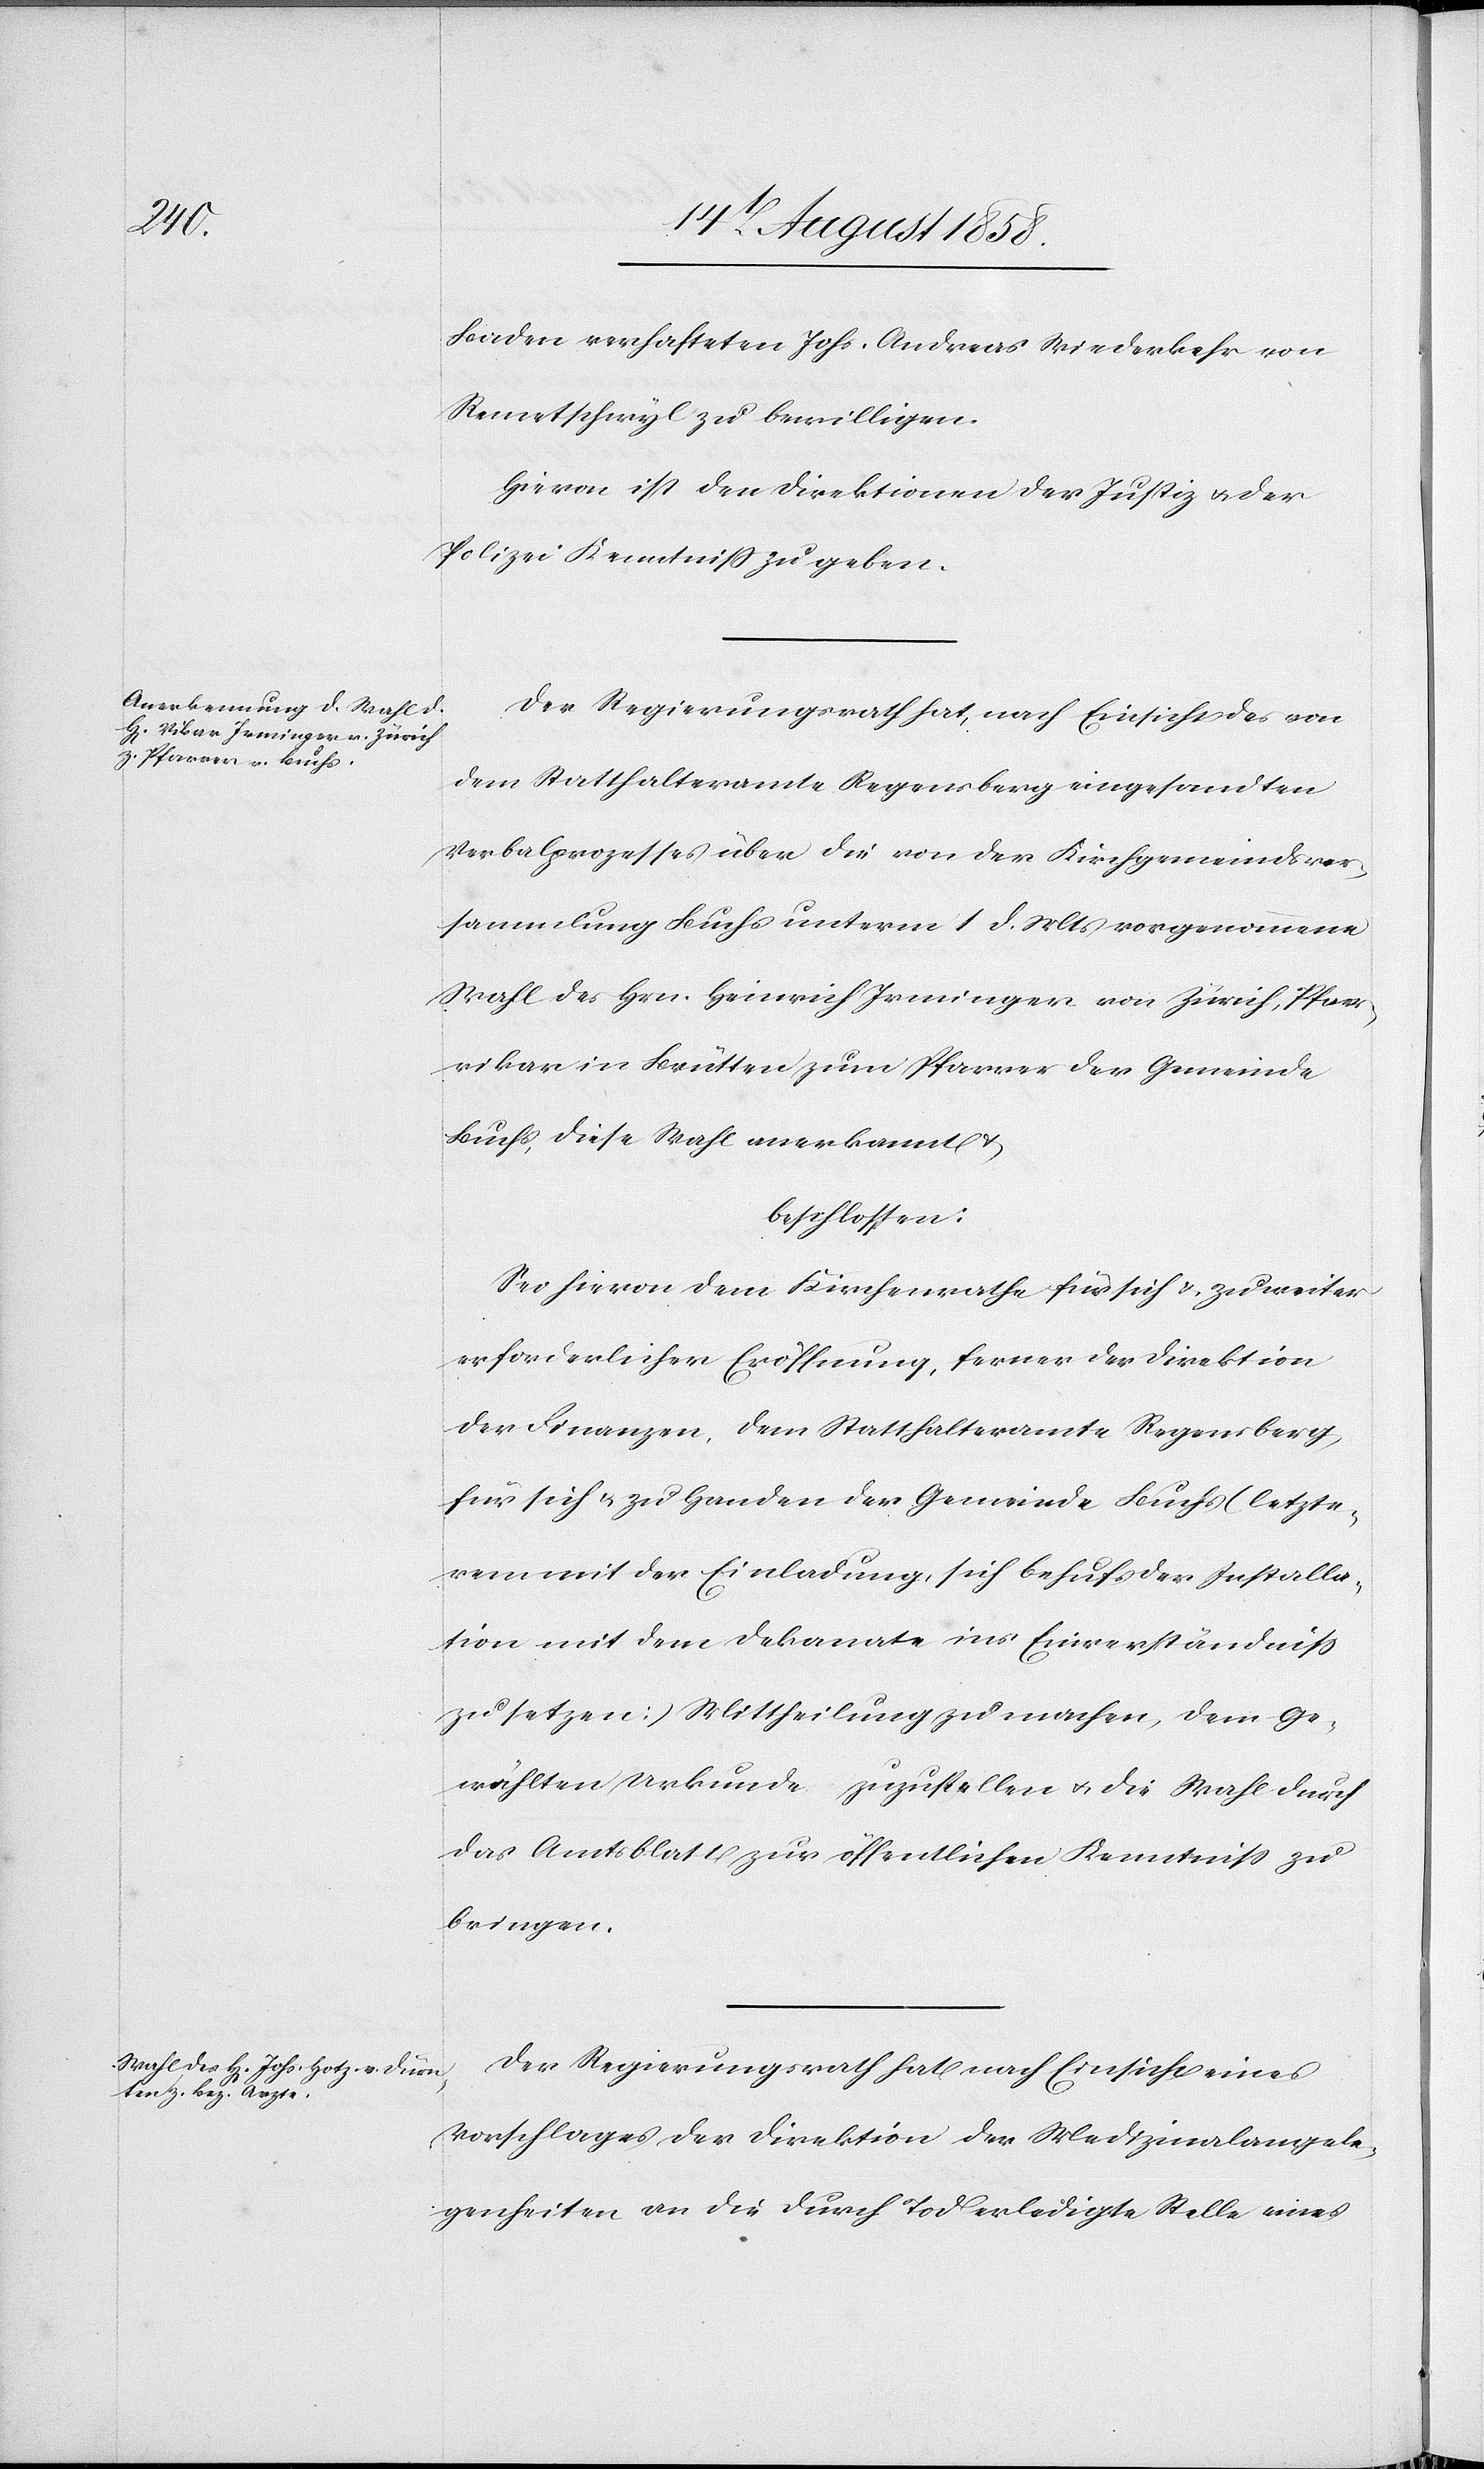
Baden verhafteten Johs. Andreas Wiederkehr von
Remetschwyl zu bewilligen.
Hievon ist den Direktionen der Justiz & der
Polizei Kenntniss zu geben.
Der Regierungsrath hat, nach Einsicht des von
dem Statthalteramte Regensberg eingesandten
Verbalprozesses über die von der Kirchgemeindsver¬
sammlung Buchs unterm 1 d. Mts vorgenommene
Wahl des Hrn. Heinrich Irminger von Zürich, Pfarr¬
vikar in Brütten zum Pfarrer der Gemeinde
Buchs, diese Wahl anerkannt &
beschlossen:
Sei hievon dem Kirchenrathe für sich & zu weiter
erforderlicher Eröffnung, ferner der Direktion
der Finanzen, dem Statthalteramte Regensberg
für sich & zu Handen der Gemeinde Buchs (letzte¬
rem mit der Einladung, sich behufs der Installa¬
tion mit dem Dekanate ins Einverständniss
zu setzen) Mittheilung zu machen, dem Ge¬
wählten Urkunde zuzustellen & die Wahl durch
das Amtsblatt zur öffentlichen Kenntniss zu
bringen.
Der Regierungsrath hat nach Einsicht eines
Vorschlages der Direktion der Medizinalangele¬
genheiten an die durch Tod erledigte Stelle eines